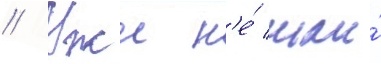
// Уже н'е́ шла́